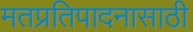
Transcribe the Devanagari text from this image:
मतप्रतिपादनासाठी